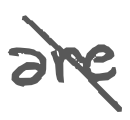
Text: are
Cross-out: mix
Writing tool: digital_gray